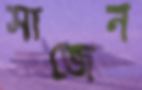
সাজেন